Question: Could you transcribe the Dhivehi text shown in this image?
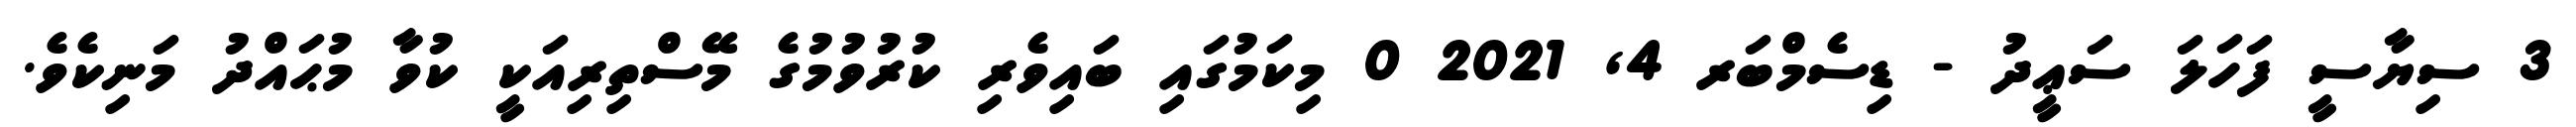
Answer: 3 ސިޔާސީ ފަހަލަ ސަޢީދު - ޑިސެމްބަރ 4, 2021 0 މިކަމުގައި ބައިވެރި ކުރުވުމުގެ މޭސްތިރިއަކީ ކުވާ މުޙައްދު މަނިކެވެ.